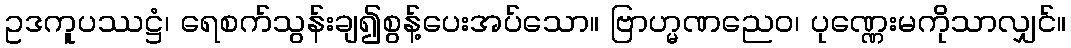
ဥဒကူပဿဋ္ဌံ၊ ရေစက်သွန်းချ၍စွန့်ပေးအပ်သော။ ဗြာဟ္မဏညေဝ၊ ပုဏ္ဏေးမကိုသာလျှင်။